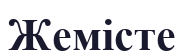
Жемісте